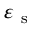
\varepsilon _ { \mathrm { ~ s ~ } }